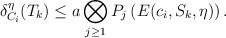
LaTeX: \begin{align*}\delta_{{C}_i}^{ \eta }(T_k)\leq a\bigotimes_{j\geq 1}P_j \left(E(c_i,S_k,\eta)\right).\end{align*}